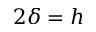
2 \delta = h